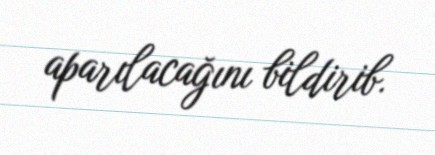
aparılacağını bildirib.